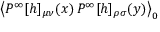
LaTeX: \left< P ^ { \infty } [ h ] _ { \mu \nu } ( x ) \, P ^ { \infty } [ h ] _ { \rho \sigma } ( y ) \right> _ { 0 }